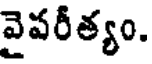
వైపరీత్యం.